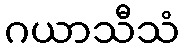
ဂယာသီသံ